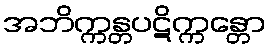
အဘိက္ကန္တပဋိက္ကန္တော